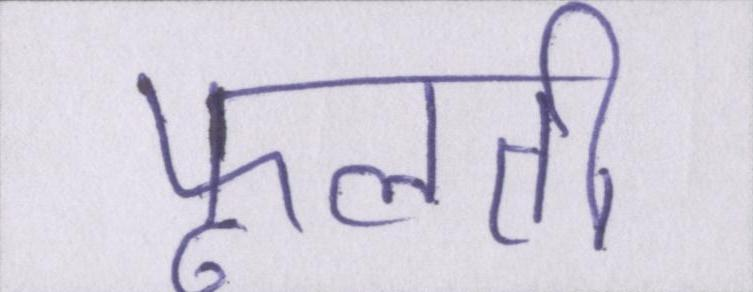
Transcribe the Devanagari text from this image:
फूलती